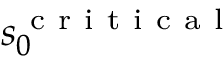
s _ { 0 } ^ { \mathrm { ~ c ~ r ~ i ~ t ~ i ~ c ~ a ~ l ~ } }